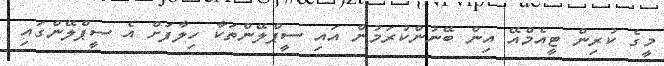
މީގެ ކުރިން ޓީއެމްއޭ އިން ބޭނުންކުރަމުން އައި ސީޕްލޭންތަކާ ހިލާފަށް އެ ސީޕްލޭންގައި